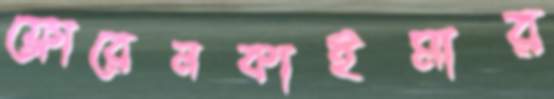
ফ্লোরেনকাইমার